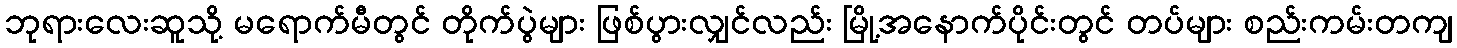
ဘုရားလေးဆူသို့ မရောက်မီတွင် တိုက်ပွဲများ ဖြစ်ပွားလျှင်လည်း မြို့အနောက်ပိုင်းတွင် တပ်များ စည်းကမ်းတကျ